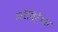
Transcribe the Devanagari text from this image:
अरैबिट्रैगस